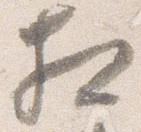
相